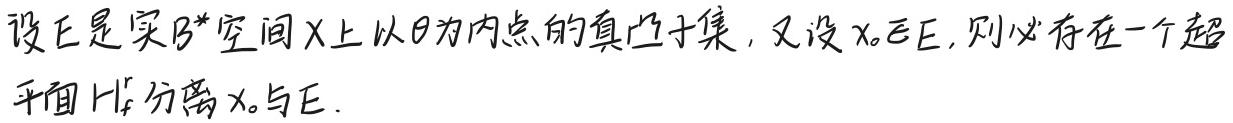
设$E$是实$B^*$空间$X$上以$\theta$为内点的真凸子集，又设$x_0\notin E$，则必存在一个超平面$H_f$分离$x_0$与$E$．